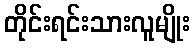
တိုင်းရင်းသားလူမျိုး